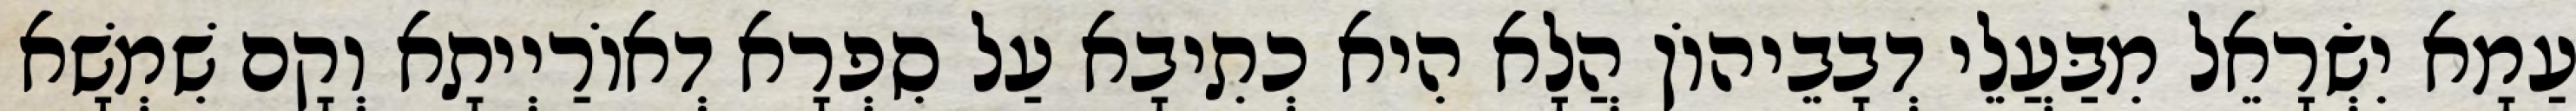
עַמָא יִשְׂרָאֵל מִבַּעֲלֵי דְבָבֵיהוֹן הֲלָא הִיא כְתִיבָא עַל סִפְרָא דְאוֹרַיְיתָא וְקָם שִׁמְשָׁא